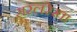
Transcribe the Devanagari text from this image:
सरलरेखा